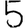
Digit: 5